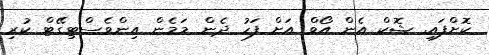
ކޮށްފައި. ޝޮކް އެން އޯވް އަށް ފަހު ދެން މަމެން އިންވެސްޓިގޭޓް ކުރި